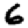
Digit: 6